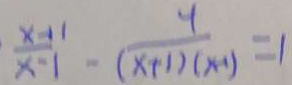
\frac { x + 1 } { x - 1 } - \frac { 4 } { ( x + 1 ) ( x + 1 ) } = 1